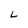
Character: L